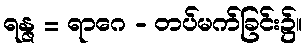
ရန္ဇ = ရာဂေ - တပ်မက်ခြင်း၌။